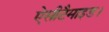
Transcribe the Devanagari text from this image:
ऐसीटैमाइड।